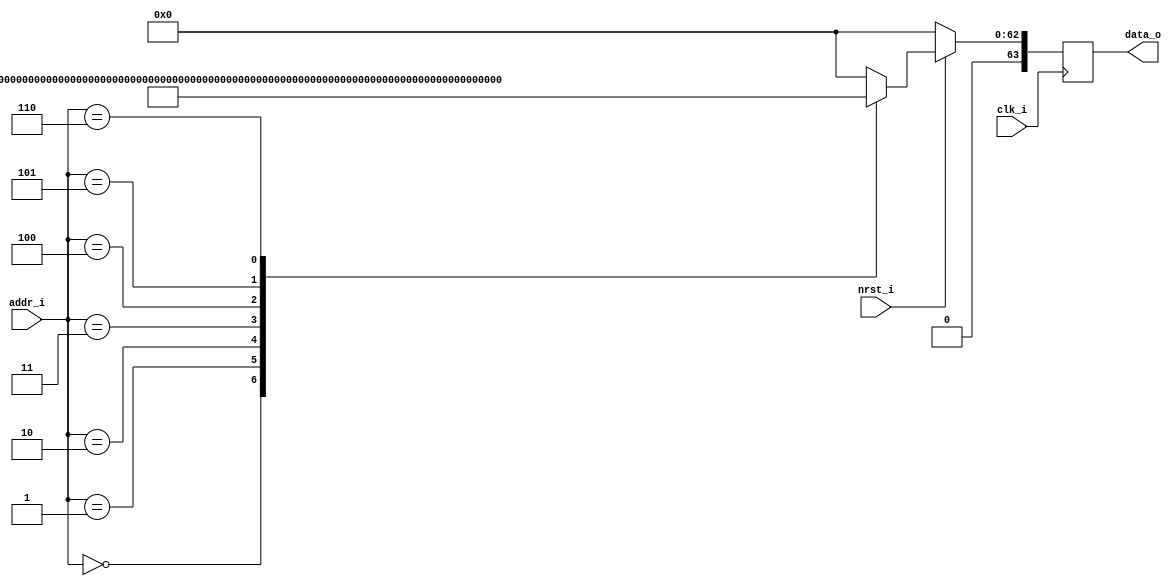
module char_ram #(
  parameter WIDTH = 64,
  parameter DEPTH = 16,
  parameter DEPL2 = 4
  )(
  input  wire               clk_i,
  input  wire               nrst_i,
  input  wire [DEPL2-1 : 0] addr_i,
  output reg  [WIDTH-1 : 0] data_o
  );

  /*reg [WIDTH-1 : 0] store [0 : DEPTH-1];

  always@(posedge clk_i)
    if (!nrst_i)
      data_o <= 0;
    else
      data_o <= store[addr_i];

  initial begin
    $readmemh("printram.mem", store);
  end*/

  always@(posedge clk_i)
    if (!nrst_i)
      data_o <= 0;
    else
      case(addr_i)
        0:       data_o <= 64'h68656c6c6f0a0000; //"hello\n"
        1:       data_o <= 64'h457865637574650a;
        2:       data_o <= 64'h436c6561720a2020;
        3:       data_o <= 64'h57726974650a2020;
        4:       data_o <= 64'h526561643a307800;
        5:       data_o <= 64'h526561640a000000;
        6:       data_o <= 64'h5175657565200000;
        default: data_o <= 64'h0000000000000000;
      endcase

endmodule